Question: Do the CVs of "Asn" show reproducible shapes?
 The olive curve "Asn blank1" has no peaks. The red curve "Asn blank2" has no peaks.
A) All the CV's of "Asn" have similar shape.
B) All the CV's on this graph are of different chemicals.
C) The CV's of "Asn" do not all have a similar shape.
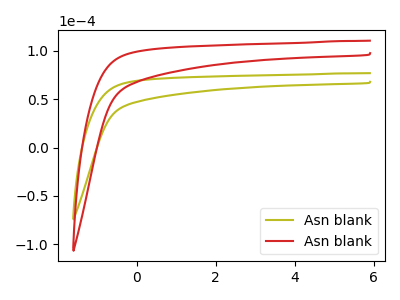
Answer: <think>Neither "Asn blank1" or "Asn blank2" have any peaks.
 </think>
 <answer>A) All the CV's of "Asn" have similar shape.</answer>
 <eval>A</eval>